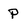
Character: p